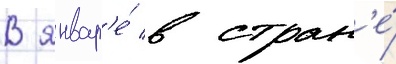
В январ'е́ в стран'е́